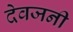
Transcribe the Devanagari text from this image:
देवजनी